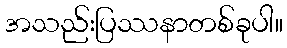
အသည်းပြဿနာတစ်ခုပါ။